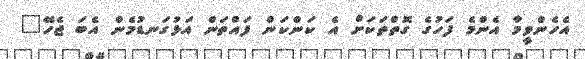
އެހެންވީމާ އެންމެ ފަހުގެ ގޮތްތަކަށް އެ ކަންކަން ފައްތަން އަޅުގަނޑުމެން އެބަ ޖެހޭ"